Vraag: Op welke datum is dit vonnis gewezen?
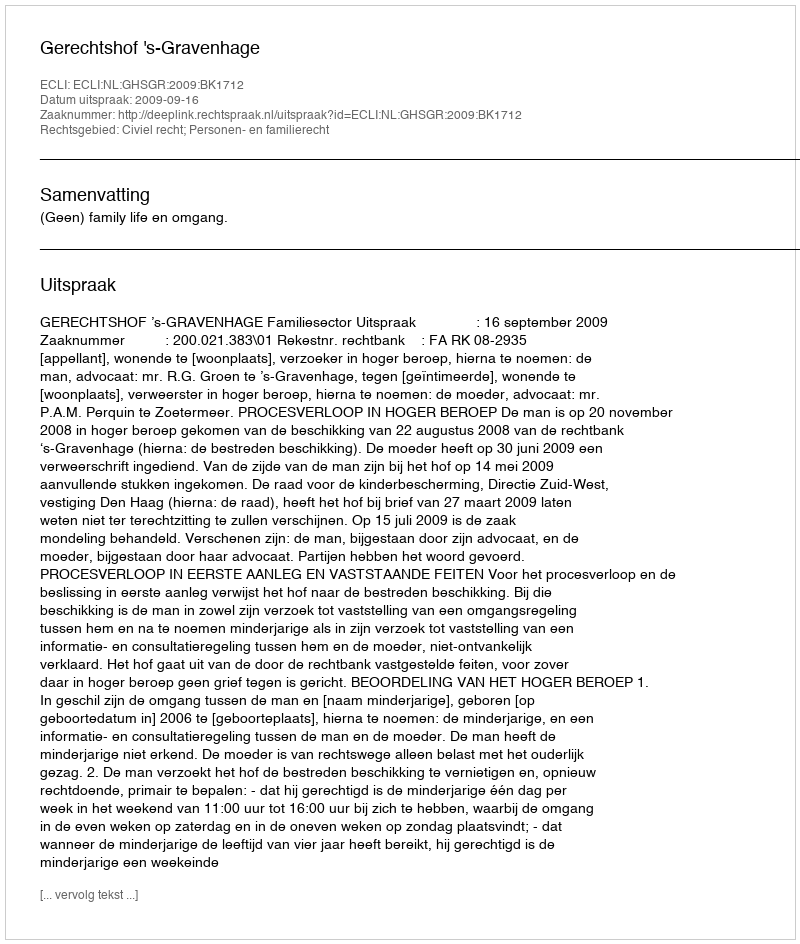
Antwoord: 2009-09-16